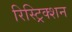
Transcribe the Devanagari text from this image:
रिस्ट्रिक्शन